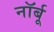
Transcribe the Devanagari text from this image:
नॉर्बू